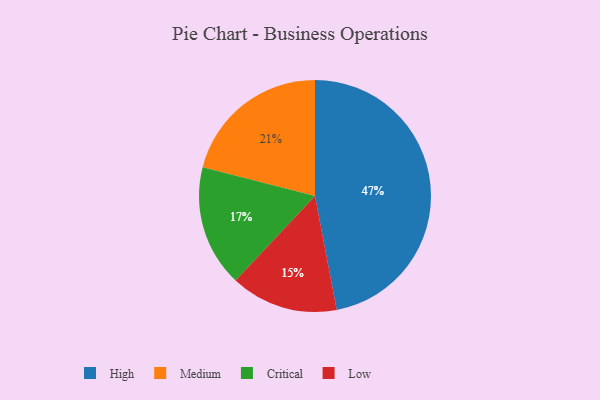
{"axis": {"x": "Category", "y": "Percentage"}, "legend": ["Critical", "High", "Low", "Medium"], "data": [{"x": "Critical", "y": 17, "type": "Critical"}, {"x": "Low", "y": 15, "type": "Low"}, {"x": "Medium", "y": 21, "type": "Medium"}, {"x": "High", "y": 47, "type": "High"}]}